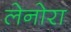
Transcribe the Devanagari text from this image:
लेनोरा